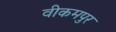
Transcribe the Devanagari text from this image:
वीकमपुर